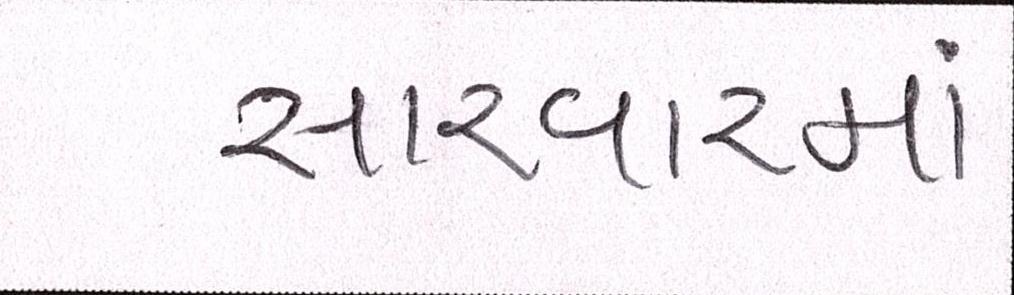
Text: સારવારમાં